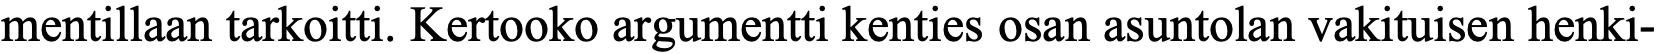
mentillaan tarkoitti. Kertooko argumentti kenties osan asuntolan vakituisen henki-